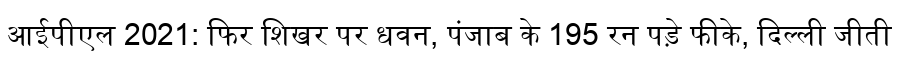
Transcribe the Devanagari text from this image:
आईपीएल 2021: फिर शिखर पर धवन, पंजाब के 195 रन पड़े फीके, दिल्ली जीती